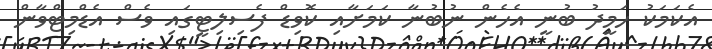
އެކަމަކު ހަމީދު ބުނީ އެހެން ނުބުނާ ކަމަށާއި ކޮވިޑް ފެސިލިޓީގައި ވެސް އެޑްމިޓްވާން